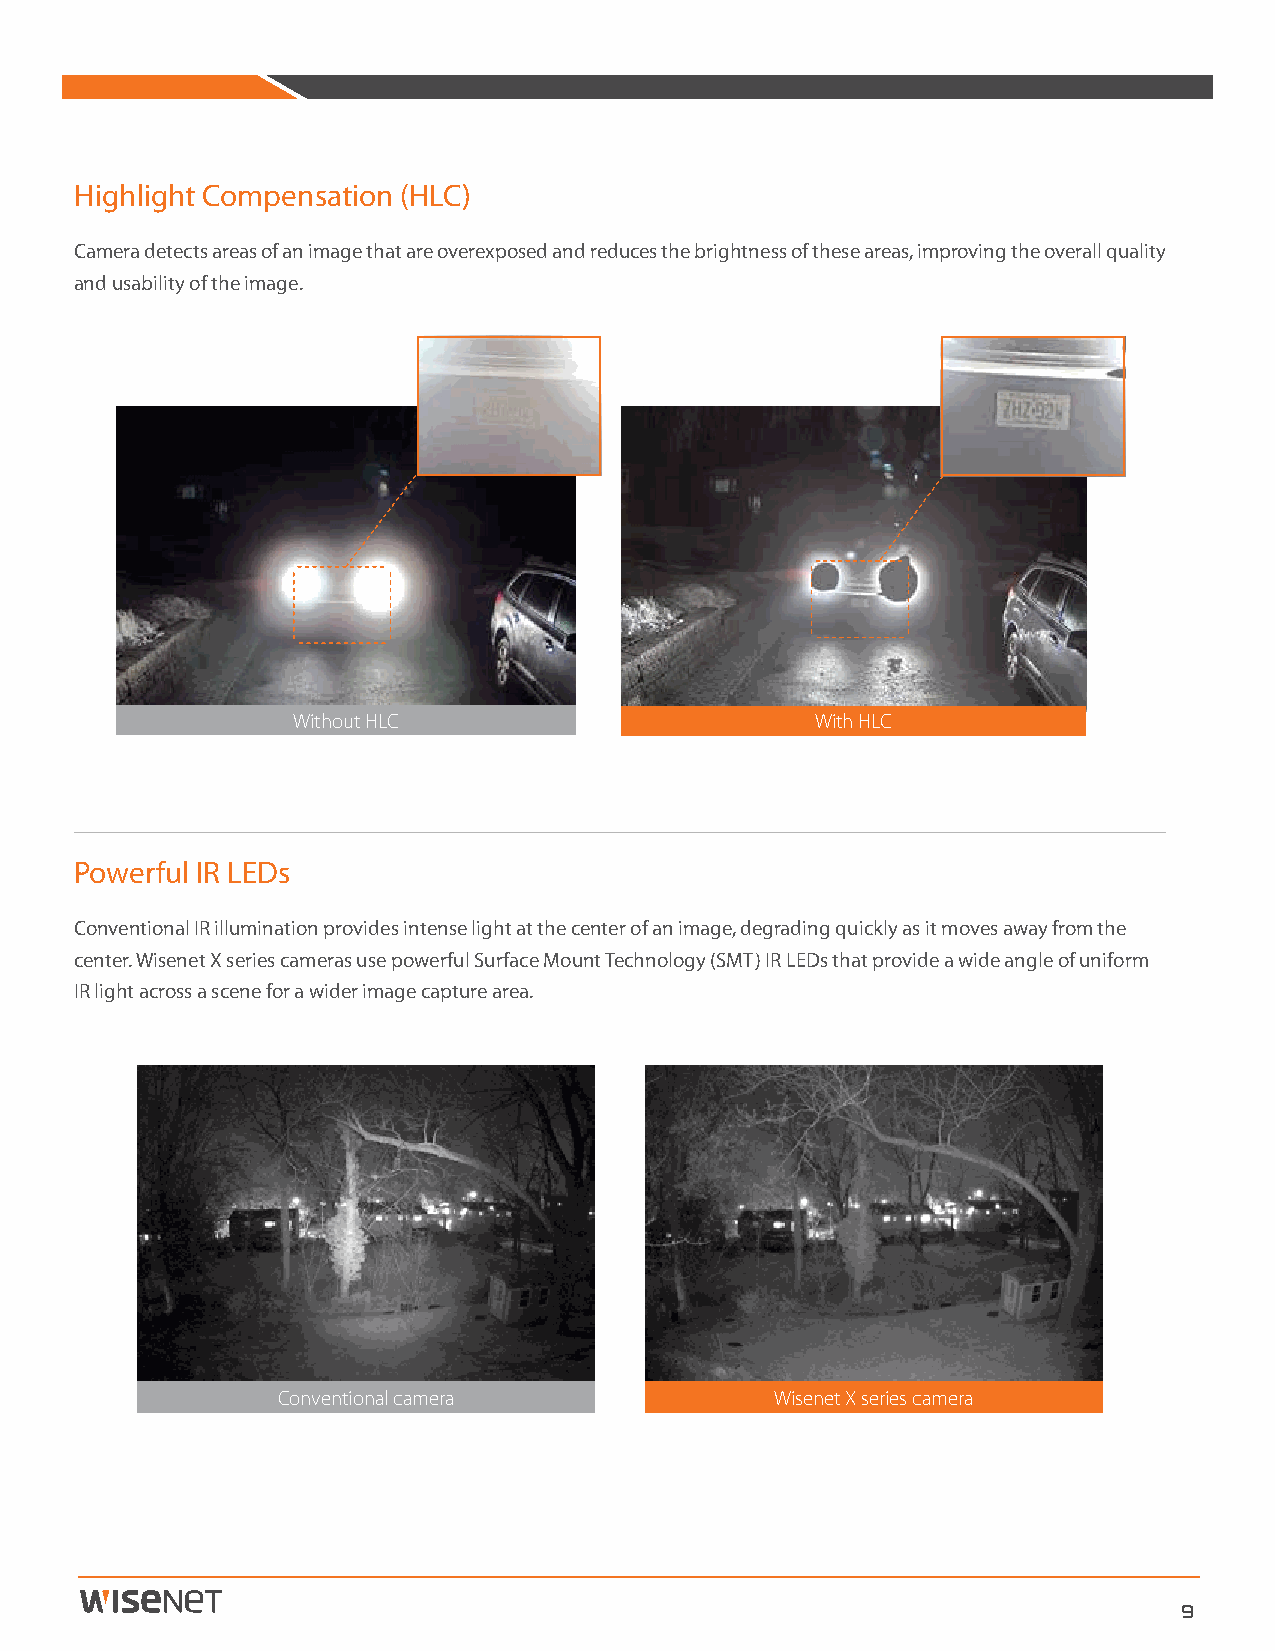
Highlight Compensation (HLC)
 Camera detects areas of an image that are overexposed and reduces the brightness of these areas, improving the overall quality
 and usability of the image.
 Conventional           Actual footage from Wisenet X series camera
 Without HLC                        With HLC
 Powerful IR LEDs
 Conventional IR illumination provides intense light at the center of an image, degrading quickly as it moves away from the
 center. Wisenet X series cameras use powerful Surface Mount Technology (SMT) IR LEDs that provide a wide angle of uniform
 IR light across a scene for a wider image capture area.
 Conventional camera              Wisenet X series camera
 9